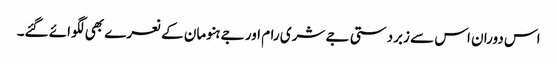
اس دوران اس سے زبردستی جے شری رام اور جے ہنومان کے نعرے بھی لگوائے گئے۔